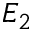
E _ { 2 }